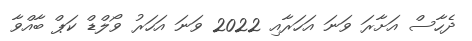
ދެހާސް އަށާރަ ވަނަ އަހަރާއި 2022 ވަނަ އަހަރު ވޯލްޑް ކަޕް ބާއްވާ